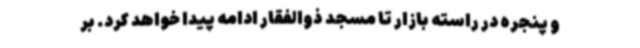
و پنجره در راسته بازار تا مسجد ذوالفقار ادامه پیدا خواهد کرد. بر